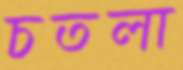
চতলা